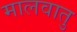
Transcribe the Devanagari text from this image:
मालवातु